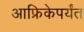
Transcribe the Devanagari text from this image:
आफ्रिकेपर्यंत